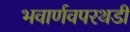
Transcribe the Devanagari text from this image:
भवार्णवपरथडी